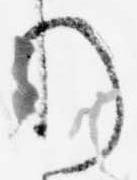
給